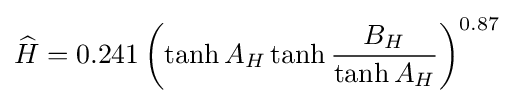
{\widehat {H}}=0.241\left(\tanh {A_{H}}\tanh {{B_{H}} \over {\tanh {A_{H}}}}\right)^{0.87}